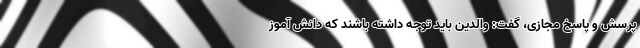
پرسش و پاسخ مجازی، گفت: والدین باید توجه داشته باشند که دانش آموز